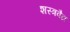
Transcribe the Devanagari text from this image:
शस्त्रवैद्य